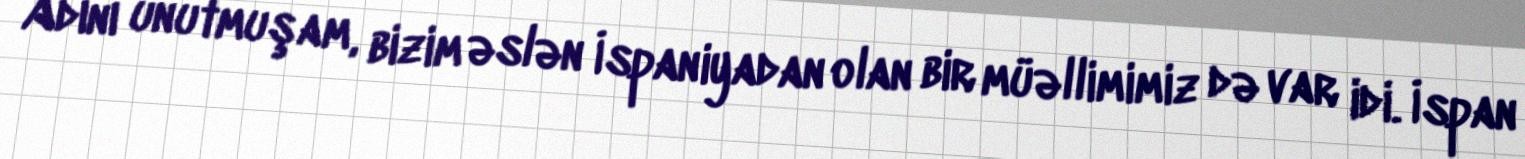
Adını unutmuşam, bizim əslən İspaniyadan olan bir müəllimimiz də var idi. İspan